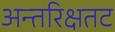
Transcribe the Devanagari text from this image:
अन्तरिक्षतट